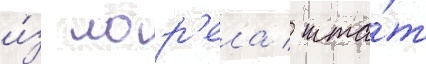
и́з лор'ела / шта́т